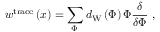
w ^ { \mathrm { t r a c e } } \left( x \right) = \sum _ { \Phi \, } d _ { \mathrm { W } } \left( \Phi \right) \Phi \frac \delta { \delta \Phi } \, \, ,